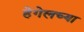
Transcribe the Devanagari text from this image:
हेगेलच्या